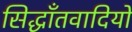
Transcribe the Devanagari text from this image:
सिद्धाँतवादियों